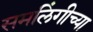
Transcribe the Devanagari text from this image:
समलिंगीच्या